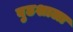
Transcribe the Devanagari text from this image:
बुढशाला